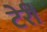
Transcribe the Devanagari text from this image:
टेर्री